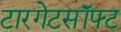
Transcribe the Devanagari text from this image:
टारगेटसॉफ्ट